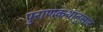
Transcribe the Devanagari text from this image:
पुराणकथांनुसार